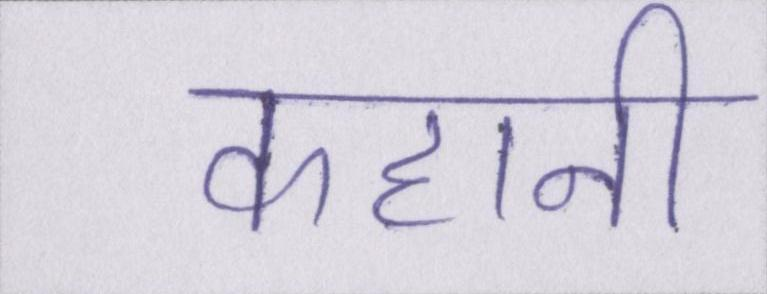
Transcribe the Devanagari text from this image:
कहानी